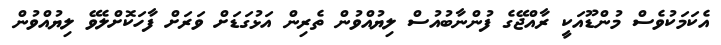
އެކަމަކުވެސް މުންޑޫއަކީ ރާއްޖޭގެ ފުންނާބުއުސް ލިޔުއްވުން ތެރިން އަޅުގަޑަށް ވަރަށް ފާހަކޮށްލެވޭ ލިޔުއްވުން